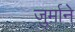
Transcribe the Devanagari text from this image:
ज़ुर्माने